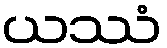
ယဿံ